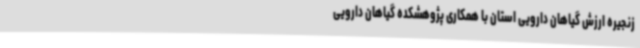
زنجیره ارزش گیاهان دارویی استان با همکاری پژوهشکده گیاهان دارویی